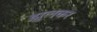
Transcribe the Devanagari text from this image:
झूलकर